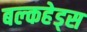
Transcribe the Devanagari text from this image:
बल्‍कहेड्स